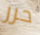
حرر